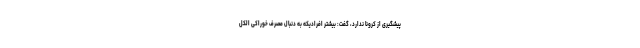
پیشگیری از کرونا ندارد، گفت: بیشتر افرادیکه به دنبال مصرف خوراکی الکل